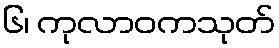
၆၊ ကုလာဝကသုတ်